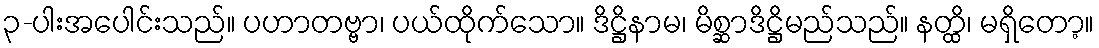
၃-ပါးအပေါင်းသည်။ ပဟာတဗ္ဗာ၊ ပယ်ထိုက်သော။ ဒိဋ္ဌိနာမ၊ မိစ္ဆာဒိဋ္ဌိမည်သည်။ နတ္ထိ၊ မရှိတော့။